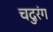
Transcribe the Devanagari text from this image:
चदुरंग